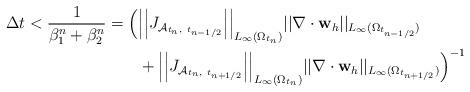
LaTeX: \begin{align*} \Delta t < \frac{1}{\beta^n_1 +\beta_2^n} = \Big( &\Big|\Big|J_{\mathcal A_{{t_{n}},~t_{n-1/2}}}\Big|\Big|_{L_{\infty}(\Omega_{t_n})} ||\nabla \cdot \mathbf{w}_{h}||_{L_{\infty}(\Omega_{t_{n-1/2}})} \\&+ \Big|\Big|J_{\mathcal A_{{t_{n}},~t_{n+1/2}}}\Big|\Big|_{L_{\infty}(\Omega_{t_n})}||\nabla \cdot \mathbf{w}_{h}||_{L_{\infty}(\Omega_{t_{n+1/2}})}\Big)^{-1}\end{align*}